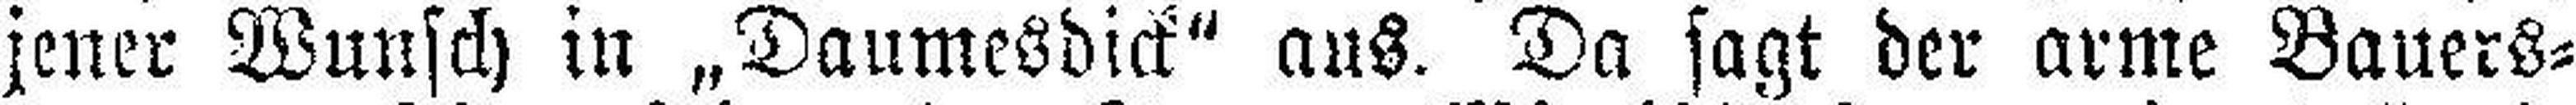
jener Wunsch in „Daumesdick“ aus. Da sagt der arme Bauers¬